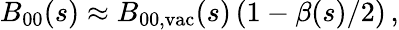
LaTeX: B_{00}(s)\approx B_{00,\mathrm{vac}}(s)\left(1-\beta(s)/2\right)\, ,